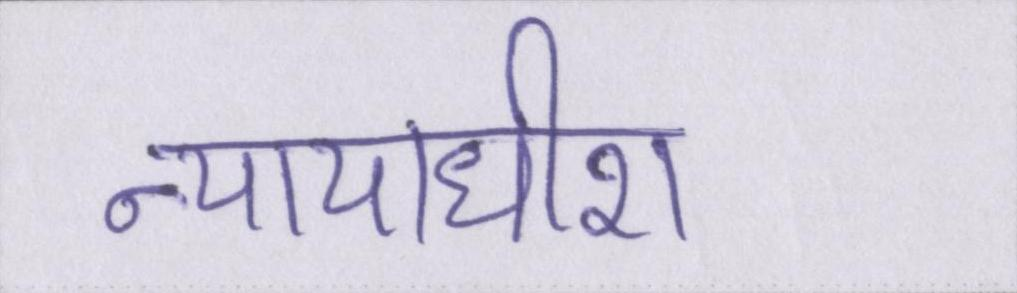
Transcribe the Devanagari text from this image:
न्यायाधीश